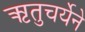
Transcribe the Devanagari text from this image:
ऋतुचर्येने